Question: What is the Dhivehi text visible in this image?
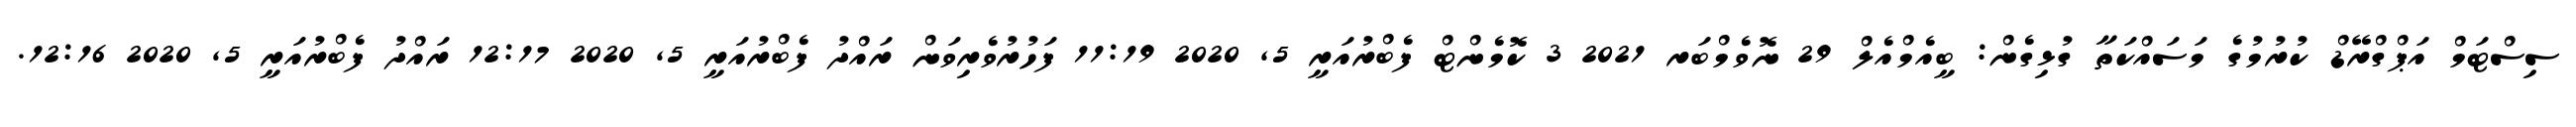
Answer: ސިސްޓަމް އަޕްގްރޭޑް ކުރުމުގެ މަސައްކަތާ ގުޅިގެން: ބީއެމްއެލް 29 ނޮވެމްބަރ 2021 3 ކޮމެންޓް ފެބްރުއަރީ 5, 2020 11:19 ފަހުރުވެރިވަން ރައްދު ފެބްރުއަރީ 5, 2020 12:17 ރައްދު ފެބްރުއަރީ 5, 2020 12:16.